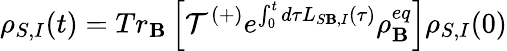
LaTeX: {{\rho}_{S,I}}(t)=T{{r}_{\mathbf{B}}}\left[{\mathcal{{T}}^{(+)}}{{e}^{\int_{0}^{t}{d\tau{{L}_{S\mathbf{B},I}}(\tau)}}}\rho_{\mathbf{B}}^{eq}\right]{{\rho}_{S,I}}(0)